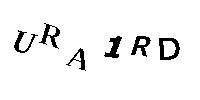
URA1RD